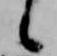
候